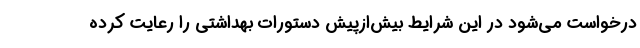
درخواست می‌شود در این شرایط بیش‌ازپیش دستورات بهداشتی را رعایت کرده